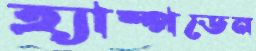
হ্যাম্পডেন